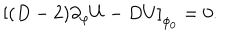
LaTeX: \left[ ( D - 2 ) \partial _ { \varphi } U - D U \right] _ { \phi _ { 0 } } = 0 .